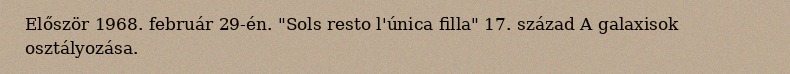
Először 1968. február 29-én. "Sols resto l'única filla" 17. század A galaxisok osztályozása.